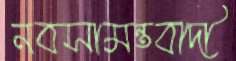
নবসামন্তবাদী